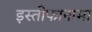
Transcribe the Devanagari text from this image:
इस्तीफानामा